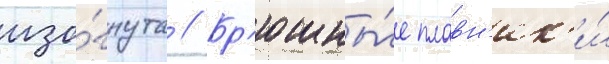
изо́гнута // Бр'юшны́е плавн'ик'и́